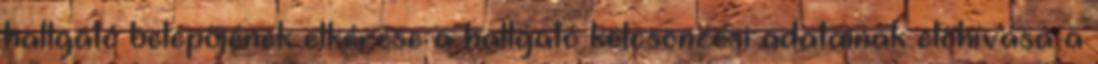
hallgató belépőjének elkérése a hallgató kölcsönzési adatainak előhívása a